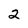
Character: 2